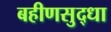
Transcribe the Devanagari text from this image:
बहीणसुद्धा